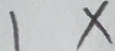
1 \times